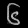
Digit: ၆